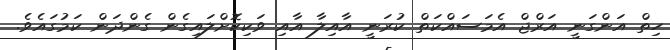
ހިތް އަންގަނީ އަރްޖް އެމަސައްކަތް ކުރަނީ އާއިލާ އާއި ވަކިކޮށްލައިގެން ގެންދަން ކަމުގައެވެ.